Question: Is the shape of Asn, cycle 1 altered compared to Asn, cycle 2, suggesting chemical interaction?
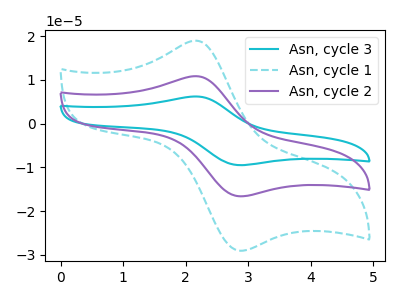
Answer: <think>The cyan curve "Asn, cycle 3" has an anodic peak at (2.15V, 21.70uA) and a cathodic peak at (2.85V, -33.25uA). The cyan dashed curve "Asn, cycle 1" has an anodic peak at (2.15V, 18.95uA) and a cathodic peak at (2.85V, -29.10uA). The purple curve "Asn, cycle 2" has an anodic peak at (2.15V, 10.85uA) and a cathodic peak at (2.85V, -16.65uA).
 All the peaks in "Asn, cycle 1" have a peak in "Asn, cycle 2" at the same potential. Every peak in "Asn, cycle 1" is higher than every peak in "Asn, cycle 2".</think>
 <answer>No, "Asn, cycle 1" and "Asn, cycle 2" don't appear to be significantly different in shape</answer>
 <eval>no_change</eval>